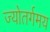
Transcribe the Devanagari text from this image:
ज्योतर्गमय